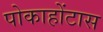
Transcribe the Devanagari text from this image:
पोकाहोंटास